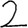
Digit: 2